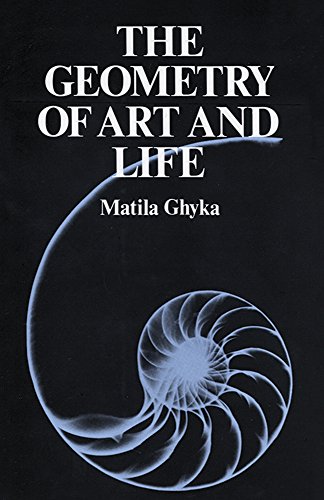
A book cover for The Geometry of Art and Life; Matila Ghyka; Arts & Photography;